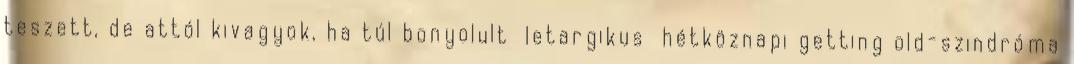
teszett, de attól kivagyok, ha túl bonyolult letargikus hétköznapi getting old-szindróma